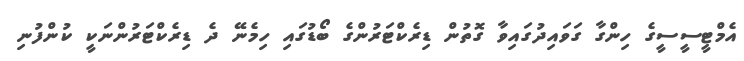
އެމްޓީސީސީގެ ހިންގާ ގަވައިދުގައިވާ ގޮތުން ޑިރެކްޓަރުންގެ ބޯޑުގައި ހިމެނޭ ދެ ޑިރެކްޓަރުންނަކީ ކުންފުނި